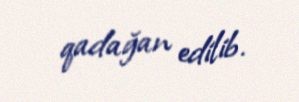
qadağan edilib.